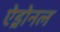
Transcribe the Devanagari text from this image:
ऐड्रोनल